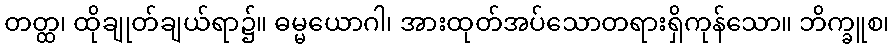
တတ္ထ၊ ထိုချုတ်ချယ်ရာ၌။ ဓမ္မယောဂါ၊ အားထုတ်အပ်သောတရားရှိကုန်သော။ ဘိက္ခူစ၊